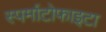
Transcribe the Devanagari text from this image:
स्पर्माटोफाइटा